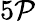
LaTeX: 5\mathcal{P}